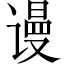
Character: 谩